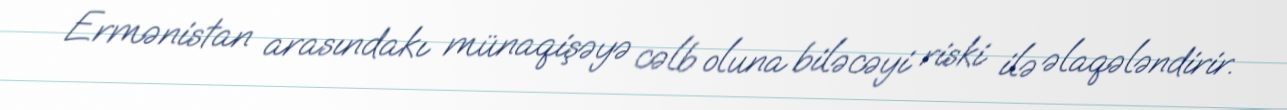
Ermənistan arasındakı münaqişəyə cəlb oluna biləcəyi riski ilə əlaqələndirir.